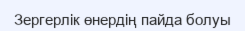
Зергерлік өнердің пайда болуы